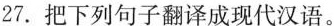
27.把下列句子翻译成现代汉语。